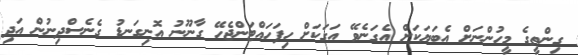
ގިންތީގެ މީހުންނަށް އެބަޔަކަށް އެގަނެވޭ އަގަކަށް ހިފަހައްޓަންޖެހޭ ގާނޫނު އޮނިގަނޑު ގެނެސްދިނުން އަދި